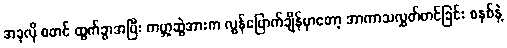
အခုလို စတင် ထွက်ခွာအပြီး ကမ္ဘာ့ဆွဲအားက လွန်မြောက်ချိန်မှာတော့ အာကာသလွှတ်တင်ခြင်း စနစ်နဲ့